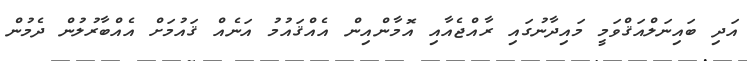
އަދި ބައިނަލްއަޤްވަމީ މައިދާނުގައި ރާއްޖެއާއި އޮމާންއިން އެއްޤައުމު އަނެއް ޤައުމަށް އެއްބާރުލުން ދެމުން